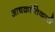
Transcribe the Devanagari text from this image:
आद्यक्रांतिकारी